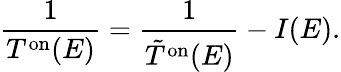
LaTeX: \frac{1}{T^{\mathrm{on}}(E)}=\frac{1}{\tilde{T}^{\mathrm{on}}(E)}-I(E).